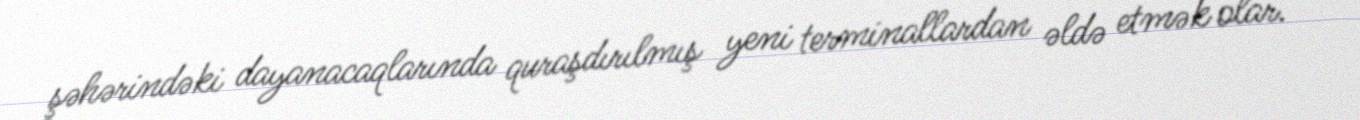
şəhərindəki dayanacaqlarında quraşdırılmış yeni terminallardan əldə etmək olar.